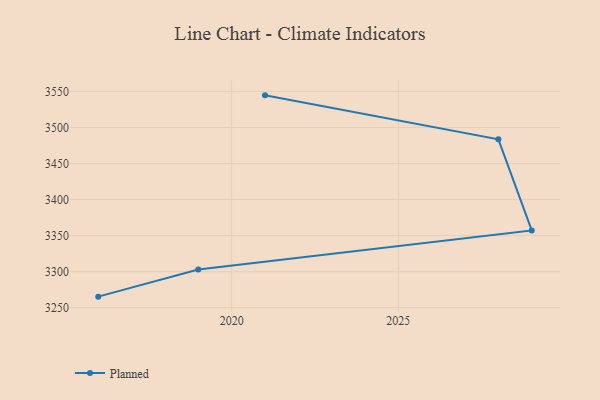
{"axis": {"x": "Year", "y": "Operating Costs (USD K)"}, "legend": ["Planned"], "data": [{"x": "2021", "y": 3544.6, "type": "Planned"}, {"x": "2028", "y": 3483.6, "type": "Planned"}, {"x": "2029", "y": 3357.2, "type": "Planned"}, {"x": "2019", "y": 3302.9, "type": "Planned"}, {"x": "2016", "y": 3265.3, "type": "Planned"}]}